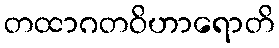
တထာဂတဝိဟာရောတိ